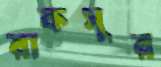
রাকসুর